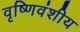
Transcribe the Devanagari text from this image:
वृष्णिवंशीय